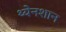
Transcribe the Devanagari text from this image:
थ्येनशान